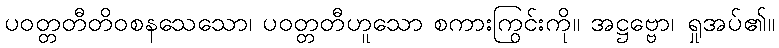
ပဝတ္တတီတိဝစနသေသော၊ ပဝတ္တတီဟူသော စကားကြွင်းကို။ အဋ္ဌဗ္ဗော၊ ရှုအပ်၏။